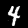
Digit: 4